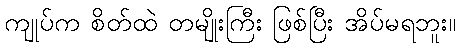
ကျုပ်က စိတ်ထဲ တမျိုးကြီး ဖြစ်ပြီး အိပ်မရဘူး။